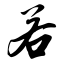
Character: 若